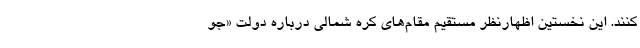
کنند. این نخستین اظهارنظر مستقیم مقام‌های کره شمالی درباره دولت «جو